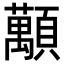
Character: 𧄴